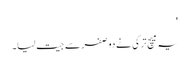
'
یہ میچ ترکی نے دو صفر سے جیت لیا۔